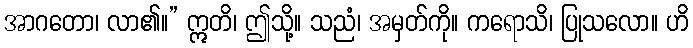
အာဂတော၊ လာ၏။” ဣတိ၊ ဤသို့။ သညံ၊ အမှတ်ကို။ ကရောသိ၊ ပြုသလော။ ဟိ